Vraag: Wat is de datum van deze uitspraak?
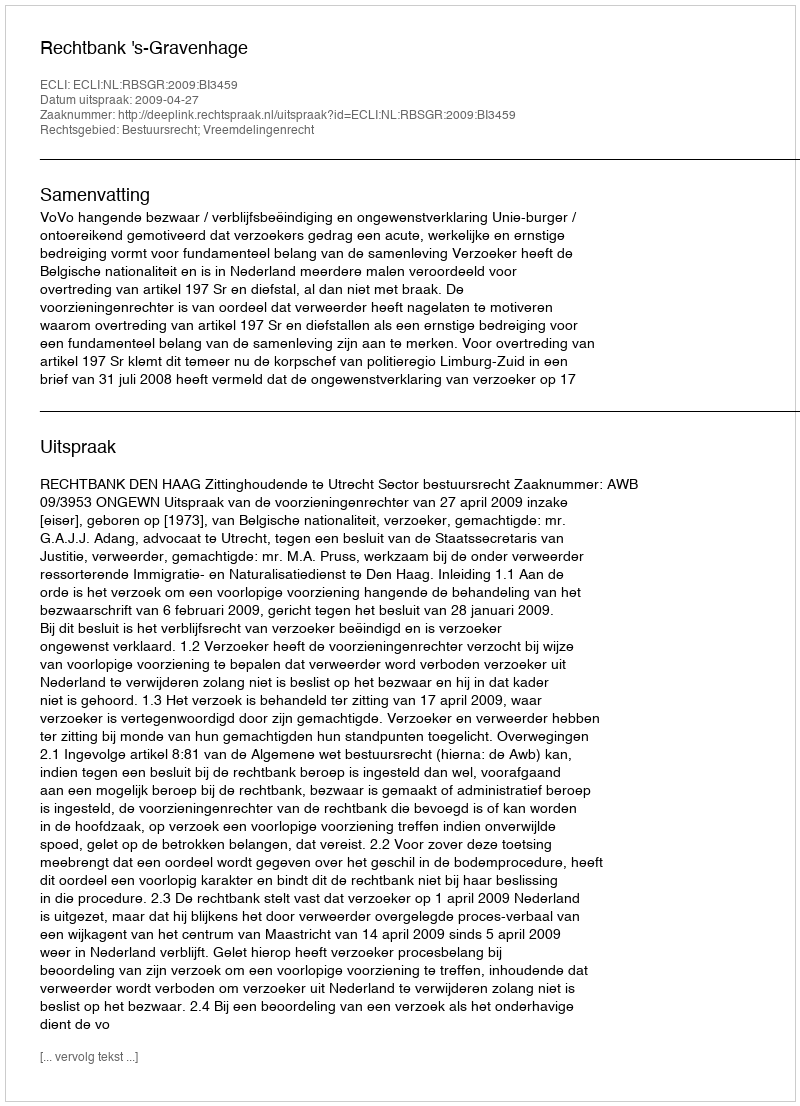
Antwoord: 2009-04-27